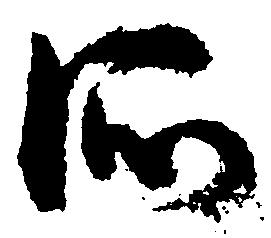
所